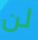
لن